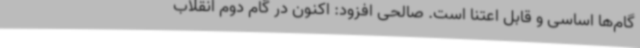
گام‌ها اساسی و قابل اعتنا است. صالحی افزود: اکنون در گام دوم انقلاب